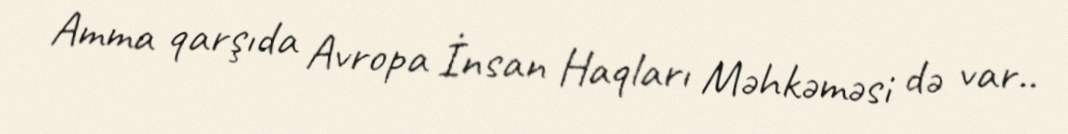
Amma qarşıda Avropa İnsan Haqları Məhkəməsi də var..